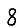
Digit: 8